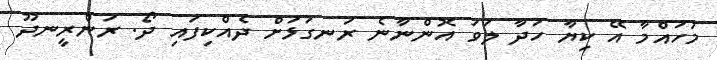
މުހައްމާ އޭ ކިޔާ ހަދާ ލަވަ އޮންނާނެ ރަނގަޅަށް ދެއްކިފައި ދޯ. ރަންރީނދޫ